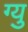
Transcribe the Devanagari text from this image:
ग्यु